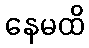
နေမထိ